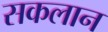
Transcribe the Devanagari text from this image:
सकलान